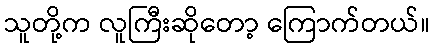
သူတို့က လူကြီးဆိုတော့ ကြောက်တယ်။